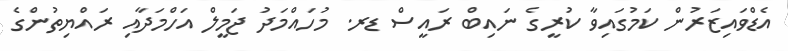
އެޑްވައިޒަރުން ކަމުގައިވާ ކުރީގެ ނައިބް ރައީސް ޑރ. މުހައްމަދު ޖަމީލް އަހްމަދާއި ރައްޔިތުންގެ